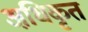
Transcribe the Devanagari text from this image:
अधि़कृत